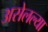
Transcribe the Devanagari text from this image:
असेलल्या